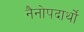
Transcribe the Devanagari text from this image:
नैनोपदार्थों